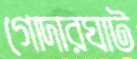
গোদারঘাট